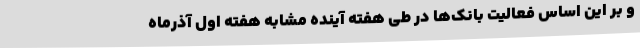
و بر این اساس فعالیت بانک‌ها در طی هفته آینده مشابه هفته اول آذرماه